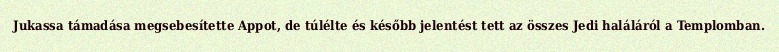
Jukassa támadása megsebesítette Appot, de túlélte és később jelentést tett az összes Jedi haláláról a Templomban.